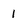
Character: 1